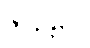
ဇာနန္တိပေ